Vaccination in Bombay 1869-1873 - 1869-1873
Year: 1869
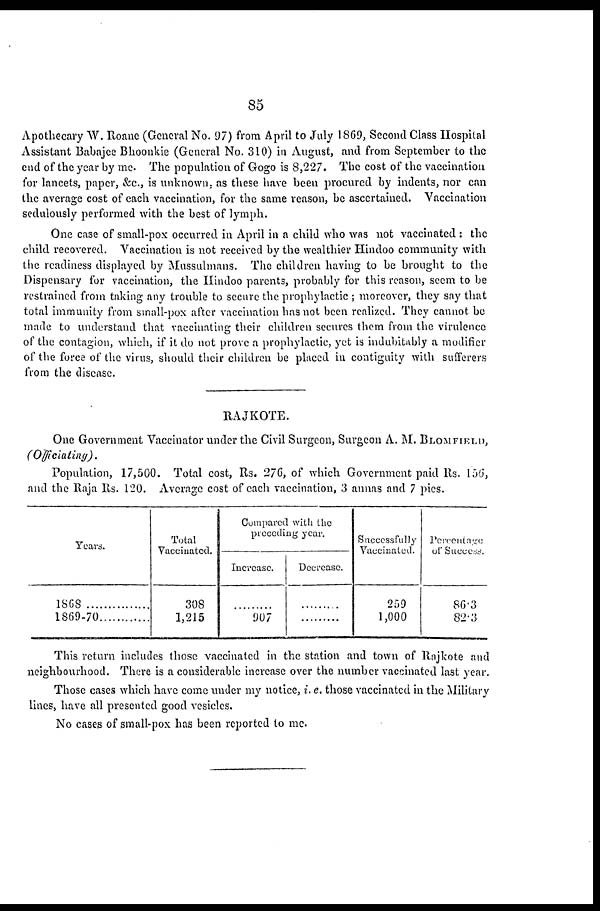
85
Apothecary W. Roane (General No. 97) from April to July 1869, Second Class Hospital
Assistant Babajee Bhoonkie (General No. 310) in August, and from September to the
end of the year by me. The population of Gogo is 8,227. The cost of the vaccination
for lancets, paper, &c., is unknown, as these have been procured by indents, nor can
the average cost of each vaccination, for the same reason, be ascertained. Vaccination
sedulously performed with the best of lymph.
One case of small-pox occurred in April in a child who was not vaccinated : the
child recovered. Vaccination is not received by the wealthier Hindoo community with
the readiness displayed by Mussulmans. The children having to be brought to the
Dispensary for vaccination, the Hindoo parents, probably for this reason, seem to be
restrained from taking any trouble to secure the prophylactic ; moreover, they say that
total immunity from small-pox after vaccination has not been realized. They cannot be
made to understand that vaccinating their children secures them from the virulence
of the contagion, which, if it do not prove a prophylactic, yet is indubitably a modifier
of the force of the virus, should their children be placed in contiguity with sufferers
from the disease.
RAJKOTE.
One Government Vaccinator under the Civil Surgeon, Surgeon A. M. BLOMFIELD,
(Officiating).
Population, 17,500. Total cost, Rs. 276, of which Government paid Rs. 156,
and the Raja Rs. 120. Average cost of each vaccination, 3 annas and 7 pies.
Years.
1868
...............
1869-70...............
Total
Vaccinated.
308
1,215
Compared with the
preceding year.
Increase.
.........
907
Decrease.
.........
.........
Successfully
Vaccinated.
259
1,000
Percentage
of Success.
86.3
82.3
This return includes those vaccinated in the station and town of Rajkote and
neighbourhood. There is a considerable increase over the number vaccinated last year.
Those cases which have come under my notice, i. e. those vaccinated in the Military
lines, have all presented good vesicles.
No cases of small-pox has been reported to me.